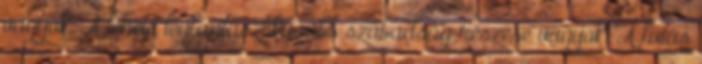
vagyok. A lehető legfantasztikusabb szabadság részese vagyok. A futás